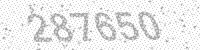
Solution: 287650